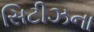
સિટીઝના